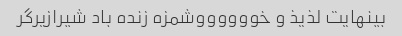
بینهایت لذیذ و خووووووشمزه زنده باد شیرازیرگر